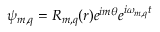
\psi _ { m , q } = R _ { m , q } ( r ) e ^ { i m \theta } e ^ { i \omega _ { m , q } t }